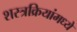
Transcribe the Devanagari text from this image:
शस्त्रक्रियांमध्ये